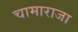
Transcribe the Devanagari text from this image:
चामाराजा